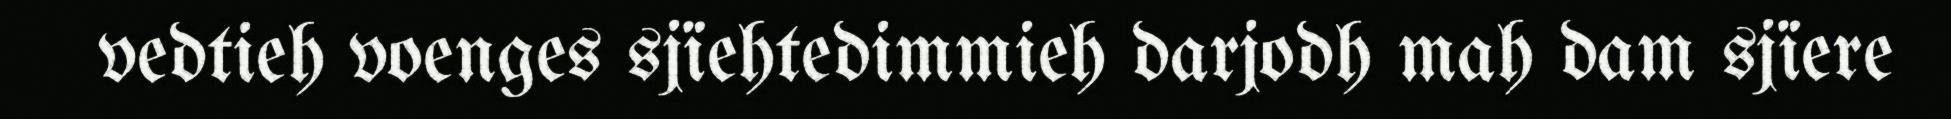
vedtieh voenges sjïehtedimmieh darjodh mah dam sjïere